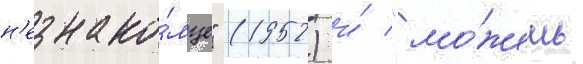
н'езнако́мце" (1952) и́ "мо́жешь